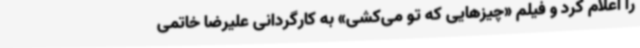
را اعلام کرد و فیلم «چیزهایی که تو می‌کشی» به کارگردانی علیرضا خاتمی